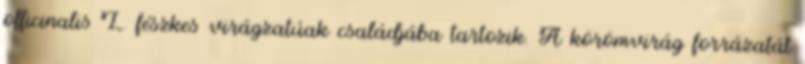
officinalis L. fészkes virágzatúak családjába tartozik. A körömvirág forrázatát